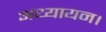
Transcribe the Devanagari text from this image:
अध्यायन।